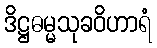
ဒိဋ္ဌဓမ္မသုခဝိဟာရံ